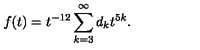
f ( t ) = t ^ { - 1 2 } \sum _ { k = 3 } ^ { \infty } d _ { k } t ^ { 5 k } .